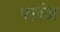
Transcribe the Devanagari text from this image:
फ्ऱांज